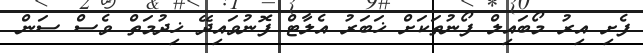
ފެށި އިރު މޯބައިލް ފޯނުތަކަށް ޚަބަރު އެލާޓް ފޮނުވައިދޭ ޚިދުމަތް ވެސް ސަން